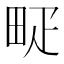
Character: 𤱐